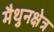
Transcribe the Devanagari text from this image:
मैथुनक्षेत्र